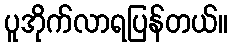
ပူအိုက်လာရပြန်တယ်။